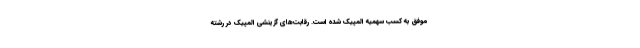
موفق به کسب سهمیه المپیک شده است. رقابت‌های گزینشی المپیک در رشته